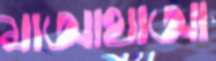
মাআথাআ